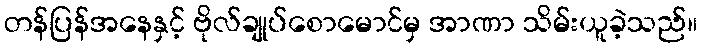
တန်ပြန်အနေနှင့် ဗိုလ်ချုပ်စောမောင်မှ အာဏာ သိမ်းယူခဲ့သည်။